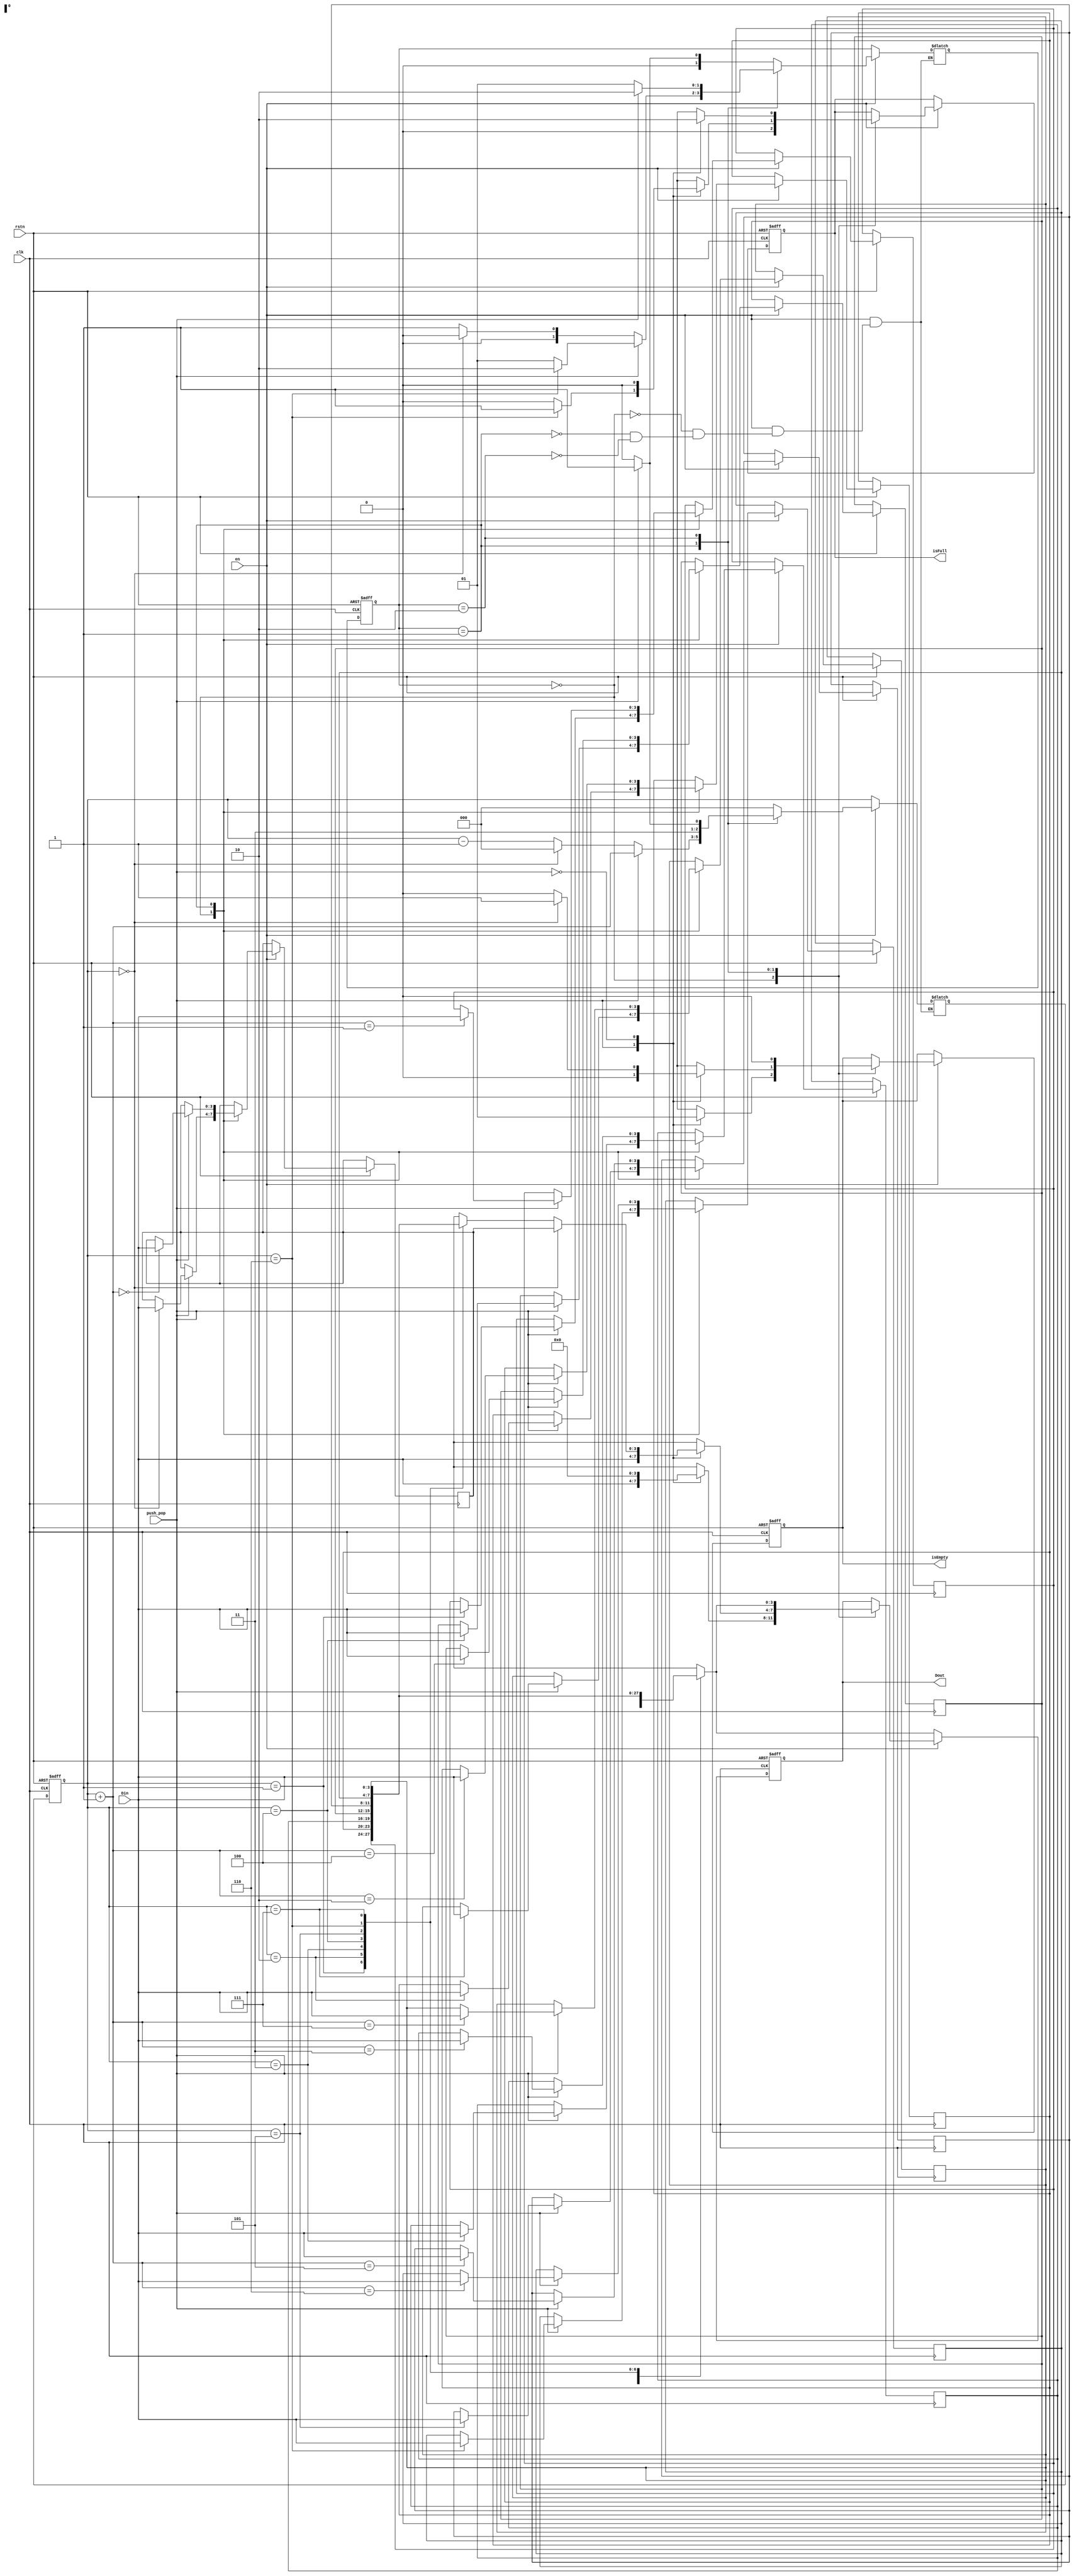
module stack4b_8(         // 4-bit stack that can store 8 data
    input clk,
    input rstn,
    input en,             // to enable push or pop
    input push_pop,       // 1 for push and 0 for pop
    input [3:0] Din,
    output isFull,
    output isEmpty,
    output [3:0] Dout     // should be considered invalid when isEmpty=1
);   
    
    parameter S0 = 2'd0;  // empty state
    parameter S1 = 2'd1;
    parameter S2 = 2'd2;  // full state

    reg [1:0] cs, ns;
    reg [2:0] cptr, nptr; // pointer to the last data
    always @(posedge clk or negedge rstn) begin
        if (!rstn) begin
            cs   <= S0;
            cptr <= 3'd0;
        end
        else begin
            cs   <= ns;
            cptr <= nptr;
        end
    end

    always @(*) begin
        if (en) begin
            case (cs)
                S0: 
                case (push_pop)
                    1'b1: begin
                        ns   = S1;
                        nptr = 3'd0;
                    end
                    1'b0: begin
                        ns   = S0;
                        nptr = 3'd0;
                    end
                endcase
                S1:
                case (push_pop)
                    1'b1: 
                    case (cptr)
                        3'd6: begin
                            ns   = S2;
                            nptr = cptr + 3'd1;
                        end
                        default: begin
                            ns   = S1;
                            nptr = cptr + 3'd1;
                        end
                    endcase
                    1'b0:
                    case (cptr)
                        3'd0: begin
                            ns   = S0;
                            nptr = 3'd0;
                        end
                        default: begin
                            ns   = S1;
                            nptr = cptr - 3'd1;
                        end
                    endcase
                endcase
                S2:
                case (push_pop)
                    1'b1: begin
                        ns   = S2;
                        nptr = 3'd7;
                    end
                    1'b0: begin
                        ns   = S1;
                        nptr = 3'd6;
                    end
                endcase
            endcase
        end
        else begin
            ns   = cs;
            nptr = cptr;
        end
    end
    
    reg [3:0] mem [0:7];
    reg isEmpty_r, isFull_r;
    reg [3:0] Dout_r;
    always @(posedge clk or negedge rstn) begin
        if (!rstn) begin
            isEmpty_r <= 1'b1;
            isFull_r  <= 1'b0;
            Dout_r    <= 4'd0;
        end
        else if (en) begin
            case (cs)
                S0: 
                case (push_pop)
                    1'b1: begin
                        isEmpty_r <= 1'b0;
                        isFull_r  <= 1'b0;
                        Dout_r    <= Din;
                        mem[cptr] <= Din;
                    end
                    1'b0: begin
                        isEmpty_r <= 1'b1;
                        isFull_r  <= 1'b0;
                        Dout_r    <= 4'd0;
                    end
                endcase
                S1: 
                case (push_pop)
                    1'b1: 
                    case (cptr)
                        3'd6: begin
                            isEmpty_r      <= 1'b0;
                            isFull_r       <= 1'b1;
                            Dout_r         <= Din;
                            mem[cptr+3'd1] <= Din;
                        end
                        default: begin
                            isEmpty_r      <= 1'b0;
                            isFull_r       <= 1'b0;
                            Dout_r         <= Din;
                            mem[cptr+3'd1] <= Din;
                        end
                    endcase
                    1'b0: 
                    case (cptr)
                        3'd0: begin
                            isEmpty_r <= 1'b1;
                            isFull_r  <= 1'b0;
                            Dout_r    <= mem[cptr];
                        end
                        default: begin
                            isEmpty_r <= 1'b0;
                            isFull_r  <= 1'b0;
                            Dout_r    <= mem[cptr];
                        end
                    endcase
                endcase
                S2: 
                case (push_pop)
                    1'b1: begin
                        isEmpty_r <= 1'b0;
                        isFull_r  <= 1'b1;
                        Dout_r    <= mem[cptr];
                    end
                    1'b0: begin
                        isEmpty_r <= 1'b0;
                        isFull_r  <= 1'b0;
                        Dout_r    <= mem[cptr];
                    end
                endcase
            endcase
        end
        else begin
            isEmpty_r <= isEmpty_r;
            isFull_r  <= isFull_r;
            Dout_r    <= mem[cptr];
        end
    end

    assign isEmpty = isEmpty_r;
    assign isFull = isFull_r;
    assign Dout = Dout_r;
    
endmodule